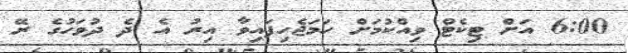
6:00 އަށް ޓިކެޓް ވިއްކުމަށް ހަމަޖެހިފައިވާ އިރު އެ ދެ ދުވަހުގެ ރޭ